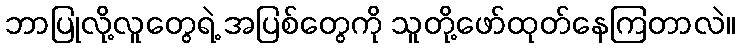
ဘာပြုလို့လူတွေရဲ့ အပြစ်တွေကို သူတို့ဖော်ထုတ်နေကြတာလဲ။